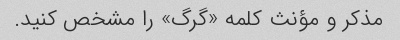
مذکر و مؤنث کلمه «گرگ» را مشخص کنید.